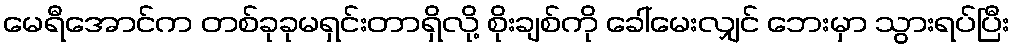
မေရီအောင်က တစ်ခုခုမရှင်းတာရှိလို့ စိုးချစ်ကို ခေါ်မေးလျှင် ဘေးမှာ သွားရပ်ပြီး